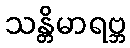
သန္တိမာရဗ္ဘ